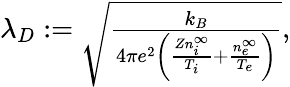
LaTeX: \begin{array}{r}{\lambda_{D}:=\sqrt{\frac{k_{B}}{4\pi e^{2}\left(\frac{Zn_{i}^{\infty}}{T_{i}}+\frac{n_{e}^{\infty}}{T_{e}}\right)}},}\end{array}